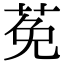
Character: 莬